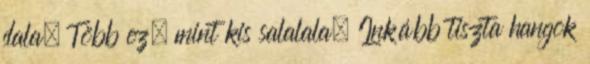
dala, Több ez, mint kis salalala, Inkább tiszta hangok